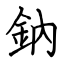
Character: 鈉